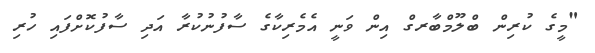
"މީގެ ކުރިން ބްލޫމްބާރގް އިން ވަނީ އެމެރިކާގެ ސާފުނުކުރާ އަދި ސާފުކޮށްފައި ހުރި